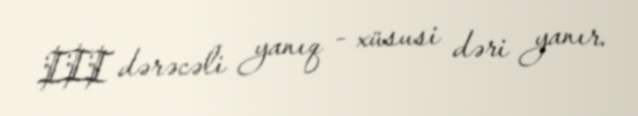
III dərəcəli yanıq - xüsusi dəri yanır.